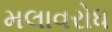
મલાવરોધ